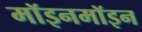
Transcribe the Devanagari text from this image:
मॉइनमॉइन